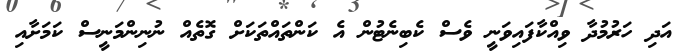
އަދި ހަރުމުދާ ވިއްކާފައިވަނީ ވެސް ކެބިނެޓުން އެ ކަންތައްތަކަށް ގޮތެއް ނުނިންމަނީސް ކަމަށާއި